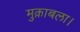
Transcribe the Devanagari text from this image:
मुक़ाबला।